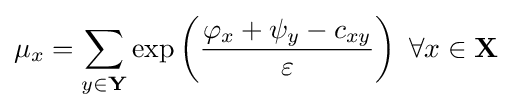
\mu _{x}=\sum _{y\in \mathbf {Y} }\exp \left({\frac {\varphi _{x}+\psi _{y}-c_{xy}}{\varepsilon }}\right)~\forall x\in \mathbf {X}